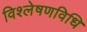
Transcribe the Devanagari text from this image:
विश्लेषणविधि